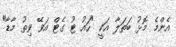
އެންމެ މޮޅު ބަތަލާ އަކީ "ހައު ޓު ގެޓް އަވޭ ވިތު މާޑާ"